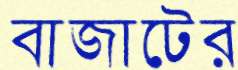
বাজাটের